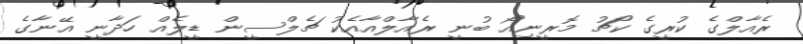
ރެއާލްގެ ކުރީގެ ކޯޗު މޮރީނިއޯ ބުނީ ރެއާލްއާއެކު ޗެލްސީން ޑީލެއް ހަދާނީ އޭނާގެ